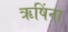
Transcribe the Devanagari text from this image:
ऋषिंना